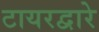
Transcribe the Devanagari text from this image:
टायरद्वारे